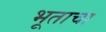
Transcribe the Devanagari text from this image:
भूताचा